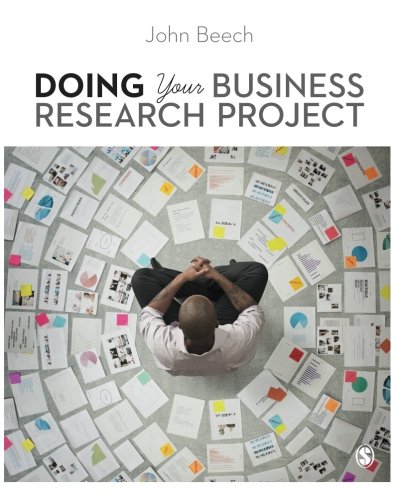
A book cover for Doing Your Business Research Project; John Beech; Business & Money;